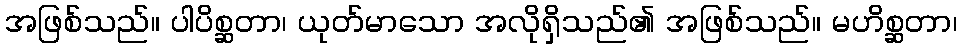
အဖြစ်သည်။ ပါပိစ္ဆတာ၊ ယုတ်မာသော အလိုရှိသည်၏ အဖြစ်သည်။ မဟိစ္ဆတာ၊